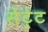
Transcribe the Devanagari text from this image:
सेंट्रेट